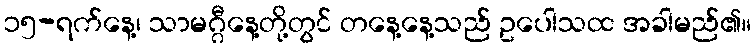
၁၅-ရက်နေ့၊ သာမဂ္ဂီနေ့တို့တွင် တနေ့နေ့သည် ဥပေါသထ အခါမည်၏။